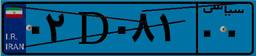
۰۲D۰۸۱۰۰